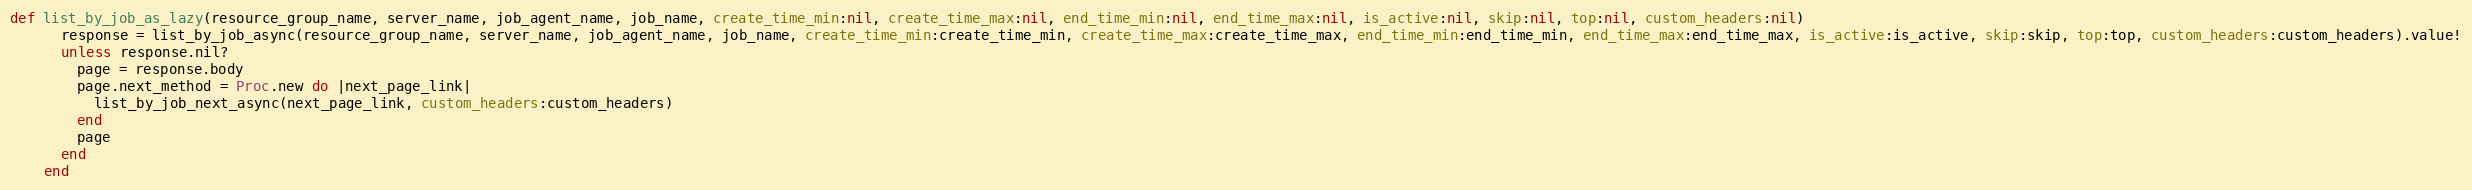
Language: Ruby
def list_by_job_as_lazy(resource_group_name, server_name, job_agent_name, job_name, create_time_min:nil, create_time_max:nil, end_time_min:nil, end_time_max:nil, is_active:nil, skip:nil, top:nil, custom_headers:nil)
      response = list_by_job_async(resource_group_name, server_name, job_agent_name, job_name, create_time_min:create_time_min, create_time_max:create_time_max, end_time_min:end_time_min, end_time_max:end_time_max, is_active:is_active, skip:skip, top:top, custom_headers:custom_headers).value!
      unless response.nil?
        page = response.body
        page.next_method = Proc.new do |next_page_link|
          list_by_job_next_async(next_page_link, custom_headers:custom_headers)
        end
        page
      end
    end